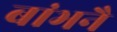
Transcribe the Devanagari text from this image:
बांभनै